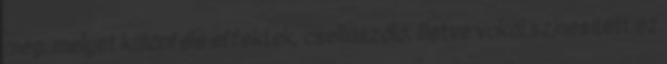
meg, melyet különféle effektek, csellószóló, illetve vokál színesített ez